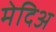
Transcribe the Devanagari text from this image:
मेदिअ